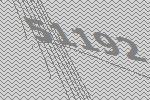
51192